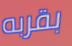
بقربه